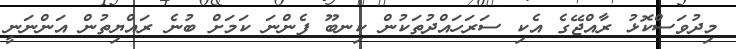
މިދުވަސްކޮޅު ރާއްޖޭގެ އެކި ސަރަހައްދުތަކުން ކިނބޫ ފެންނަ ކަމަށް ބުނެ ރައްޔިތުން އަންނަނީ